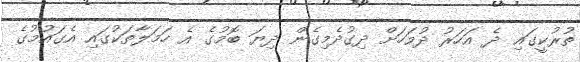
ތުރުކީގައި ދެ އަހަރު ދުވަހަށް ދިގުދެމިގެން ދިޔަ ބޮމުގެ އެ ހަމަލާތަކުގައި އެގައުމުގެ